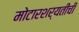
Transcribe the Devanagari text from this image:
मोटारशर्यतीची